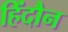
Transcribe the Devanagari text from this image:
हिंदौन